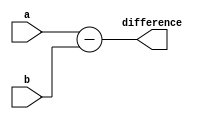
module Behavioral_Subtractor(
    input [3:0] a,
    input [3:0] b,
    output [3:0] difference
);

assign difference = a - b;

endmodule